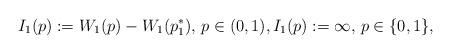
LaTeX: \begin{align*}I_1(p) := W_1(p) - W_1(p_1^*),\, p\in(0,1),I_1(p):=\infty,\, p\in\{0,1\},\end{align*}